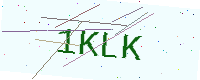
Text: 1KLK